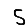
Digit: 5